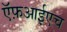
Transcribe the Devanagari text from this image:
ऍफ़आईएच